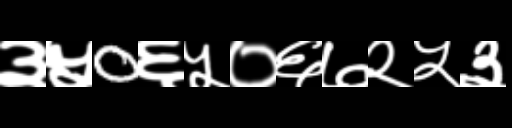
Text: ३५0६५०६७२५३